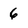
Character: 6